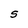
Character: S